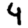
Digit: 4